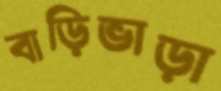
বাড়িভাড়া